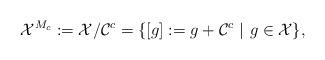
LaTeX: \begin{align*} \mathcal{X}^{M_c}:=\mathcal{X}/\mathcal{C}^c =\{[g]:=g+\mathcal{C}^c~|~g\in\mathcal{X}\},\end{align*}